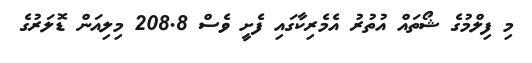
މި ފިލްމުގެ ޝޯތައް އުތުރު އެމެރިކާގައި ފެށީ ވެސް 208.8 މިލިއަން ޑޮލަރުގެ